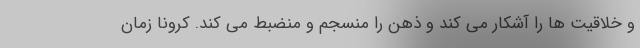
و خلاقیت ها را آشکار می کند و ذهن را منسجم و منضبط می کند. کرونا زمان